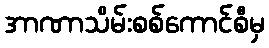
အာဏာသိမ်းစစ်ကောင်စီမှ